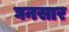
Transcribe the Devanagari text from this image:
घनसार